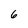
Character: 6